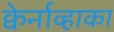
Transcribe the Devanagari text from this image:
क्वेर्नाव्हाका